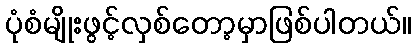
ပုံစံမျိုးဖွင့်လှစ်တော့မှာဖြစ်ပါတယ်။